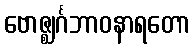
ဗောဇ္ဈင်္ဂဘာဝနာရတော